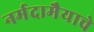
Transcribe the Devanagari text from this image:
नर्मदामैयाचे